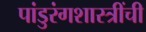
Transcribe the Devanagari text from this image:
पांडुरंगशास्त्रींची